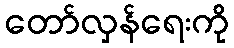
တော်လှန်ရေးကို